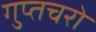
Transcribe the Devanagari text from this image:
गुप्‍तचरो